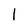
Character: l